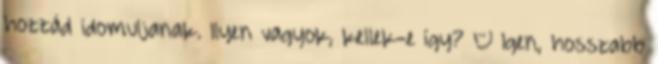
hozzád idomuljanak. Ilyen vagyok, kellek-e így? – Igen, hosszabb